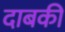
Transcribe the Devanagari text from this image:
दाबकी